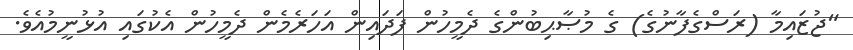
"ޖުޒައިމާ (ރަސްގެފާނުގެ) ގެ މުޞާޙިބުންގެ ދެމީހުން ފަދައިން އަހަރެމެން ދެމީހުން އެކުގައި އުޅުނީމުއެވެ.